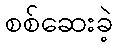
စစ်ဆေးခဲ့